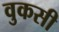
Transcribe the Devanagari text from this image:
वुकसी